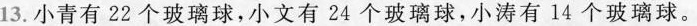
13. 小青有 22 个玻璃球，小文有 24 个玻璃球，小涛有 14 个玻璃球。